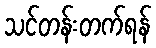
သင်တန်းတက်ရန်